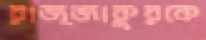
রাজ্জাকুরকে